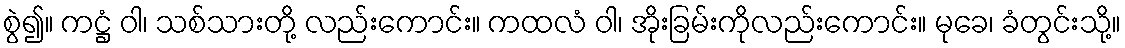
စွဲ၍။ ကဋ္ဌံ ဝါ၊ သစ်သားတို့ လည်းကောင်း။ ကထလံ ဝါ၊ အိုးခြမ်းကိုလည်းကောင်း။ မုခေ၊ ခံတွင်းသို့။